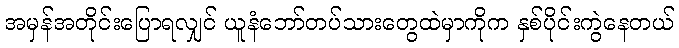
အမှန်အတိုင်းပြောရလျှင် ယူနံဘော်တပ်သားတွေထဲမှာကိုက နှစ်ပိုင်းကွဲနေတယ်